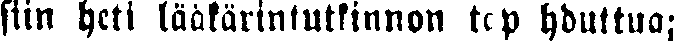
siin heti lääkärintutkinnon tapahduttua;